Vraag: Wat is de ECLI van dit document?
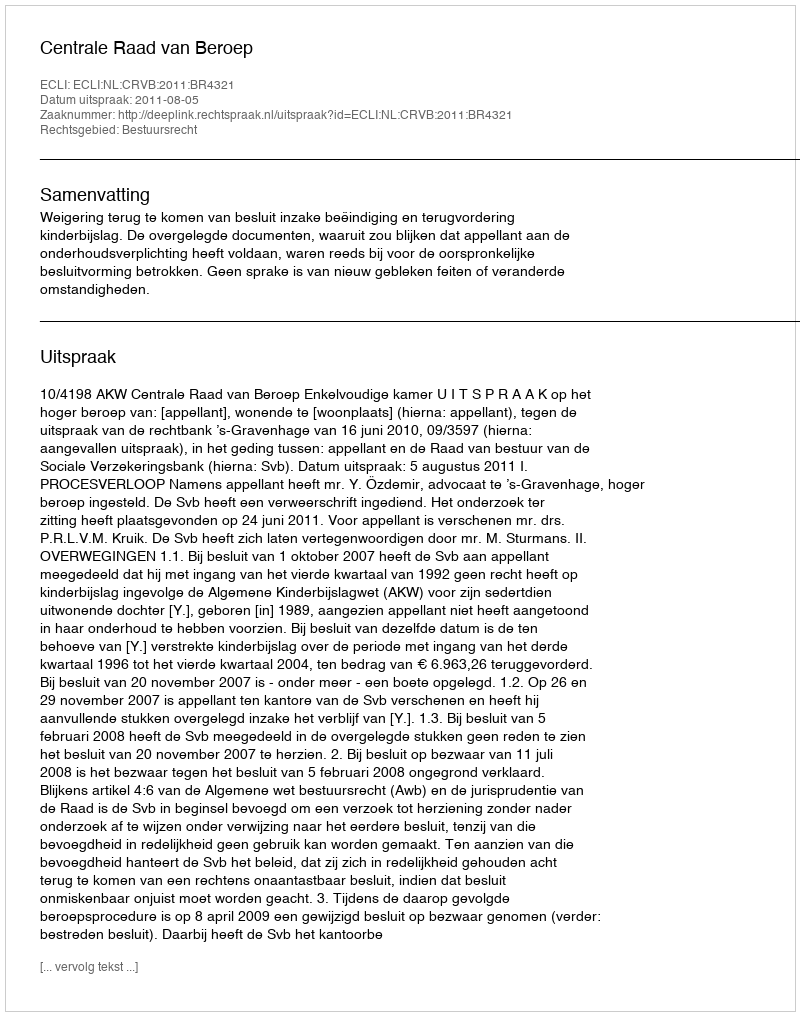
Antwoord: ECLI:NL:CRVB:2011:BR4321